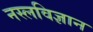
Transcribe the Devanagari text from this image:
नस्लविज्ञान